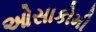
ઓસાકોમી